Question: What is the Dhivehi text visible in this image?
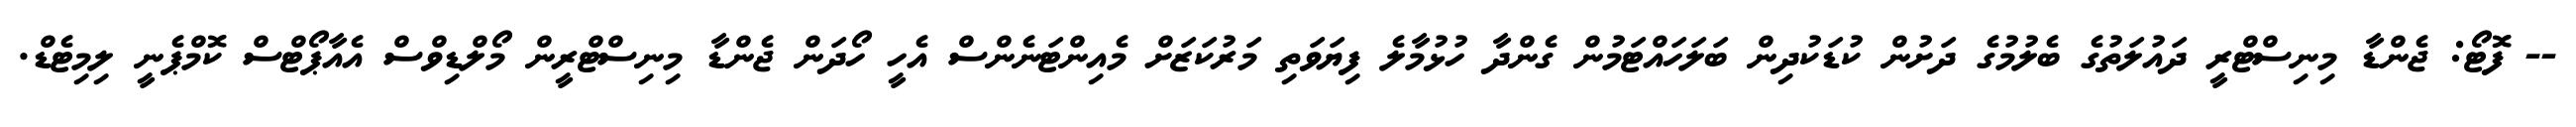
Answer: -- ފޮޓޯ: ޖެންޑާ މިނިސްޓްރީ ދައުލަތުގެ ބެލުމުގެ ދަށުން ކުޑަކުދިން ބަލަހައްޓަމުން ގެންދާ ހުޅުމާލެ ފިޔަވަތި މަރުކަޒަށް މެއިންޓަނެންސް އެހީ ހޯދަން ޖެންޑާ މިނިސްޓްރީން މޯލްޑިވްސް އެއާޕޯޓްސް ކޮމްޕެނީ ލިމިޓެޑް.